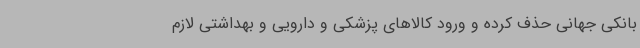
بانکی جهانی حذف کرده و ورود کالاهای پزشکی و دارویی و بهداشتی لازم